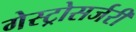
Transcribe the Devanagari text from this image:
गेस्ट्रोसर्जरी